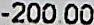
-200.00